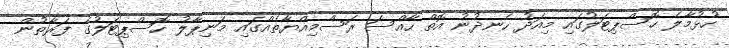
ހުޅުމާލެ ހޮސްޕިޓަލުގައި މިއަދު ހެނދުނު އޮތް ހާއްސަ ރަސްމިއްޔާތެއްގައި މަނިޕާލު ހޮސްޕިޓަލުގެ ފަރާތުން